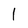
Character: l